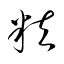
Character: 粒